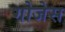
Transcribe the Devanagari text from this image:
गोजेस